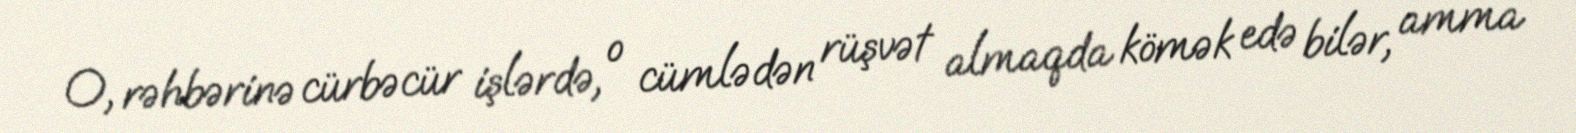
O, rəhbərinə cürbəcür işlərdə, o cümlədən rüşvət almaqda kömək edə bilər, amma